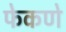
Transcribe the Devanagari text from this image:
फेकणे